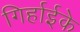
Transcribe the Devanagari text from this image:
गिर्हाईके